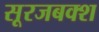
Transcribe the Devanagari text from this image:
सूरजबक्श